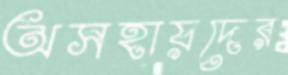
অসহায়দের